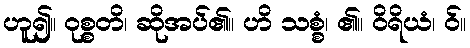
ဟူ၍။ ဝုစ္စတိ၊ ဆိုအပ်၏။ ဟိ သစ္စံ၊ ၏။ ဝိရိယံ၊ ဝ်။